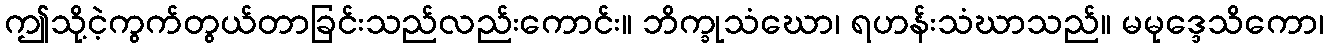
ဤသို့ငဲ့ကွက်တွယ်တာခြင်းသည်လည်းကောင်း။ ဘိက္ခုသံဃော၊ ရဟန်းသံဃာသည်။ မမုဒ္ဒေသိကော၊